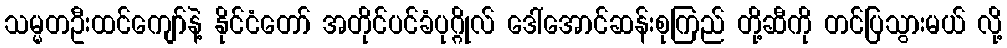
သမ္မတဦးထင်ကျော်နဲ့ နိုင်ငံတော် အတိုင်ပင်ခံပုဂ္ဂိုလ် ဒေါ်အောင်ဆန်းစုကြည် တို့ဆီကို တင်ပြသွားမယ် လို့